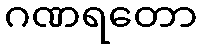
ဂဏရတော